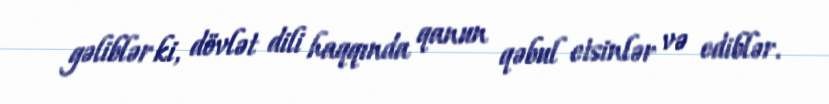
gəliblər ki, dövlət dili haqqında qanun qəbul etsinlər və ediblər.